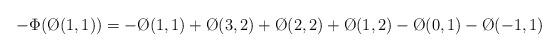
LaTeX: \begin{align*}-\Phi(\O(1,1)) = -\O(1,1) + \O(3,2) + \O(2,2) + \O(1,2) - \O(0,1) - \O(-1,1)\end{align*}